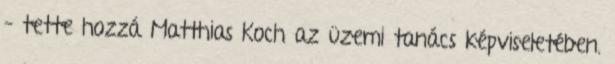
– tette hozzá Matthias Koch az üzemi tanács képviseletében.